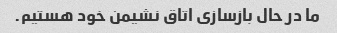
ما در حال بازسازی اتاق نشیمن خود هستیم.